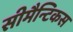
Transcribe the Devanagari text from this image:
सीमैन्टिकस